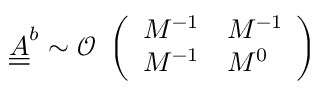
\underline { { \underline { { A } } } } ^ { b } \sim \mathcal { O } \begin{array} { l } { \left( \begin{array} { l l } { M ^ { - 1 } } & { M ^ { - 1 } } \\ { M ^ { - 1 } } & { M ^ { 0 } } \end{array} \right) } \end{array}